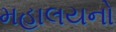
મહાલયનો